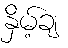
နှိမ့်ချ